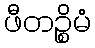
ဖီတဉ္စိမံ